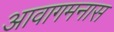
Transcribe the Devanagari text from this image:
आवागमनास